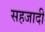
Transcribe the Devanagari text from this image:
सहजादी